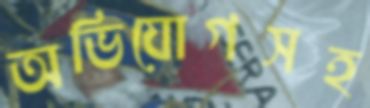
অভিযোগসহ